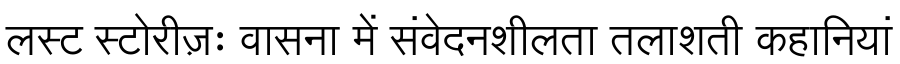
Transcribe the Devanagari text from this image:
लस्ट स्टोरीज़ः वासना में संवेदनशीलता तलाशती कहानियां